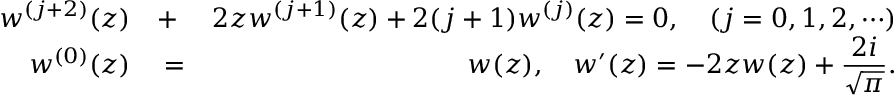
\begin{array} { r l r } { w ^ { ( j + 2 ) } ( z ) } & { { } + } & { 2 z w ^ { ( j + 1 ) } ( z ) + 2 ( j + 1 ) w ^ { ( j ) } ( z ) = 0 , \quad ( j = 0 , 1 , 2 , \cdots ) } \\ { w ^ { ( 0 ) } ( z ) } & { { } = } & { w ( z ) , \quad w ^ { \prime } ( z ) = - 2 z w ( z ) + \displaystyle { \frac { 2 i } { \sqrt \pi } } . } \end{array}